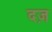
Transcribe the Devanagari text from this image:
दज़